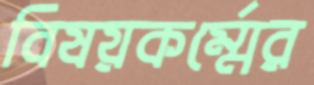
বিষয়কর্ম্মের